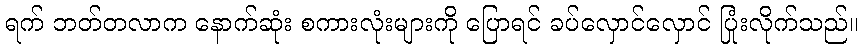
ရက် ဘတ်တလာက နောက်ဆုံး စကားလုံးများကို ပြောရင် ခပ်လှောင်လှောင် ပြုံးလိုက်သည်။